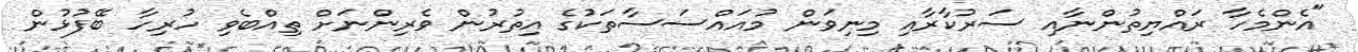
"އެންމެހާ ރައްޔިތުންނާއި ސަރުކާރާއި މިނިވަން މުއައްސަސާތަކުގެ އިތުރުން ވެރިންނަށް ތިއްބެވި ހުރިހާ ބޭފުޅުން